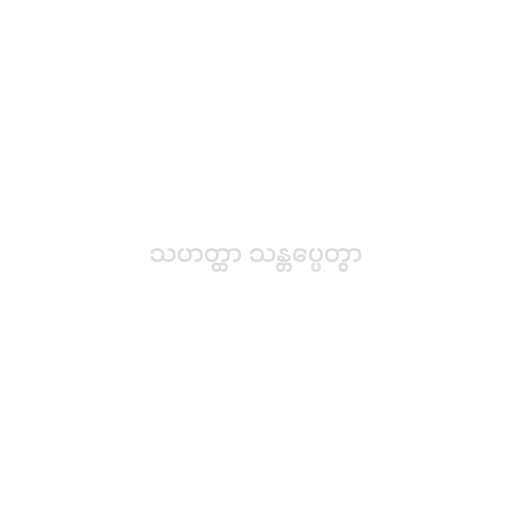
သဟတ္ထာ သန္တပ္ပေတွာ